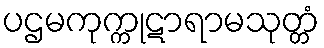
ပဌမကုက္ကုဋာရာမသုတ္တံ